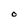
Character: O